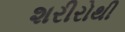
શરીરોથી